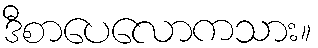
ဒီစာပေလောကသား။